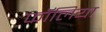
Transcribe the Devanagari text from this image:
फॉलिया